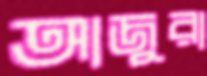
আজুরা